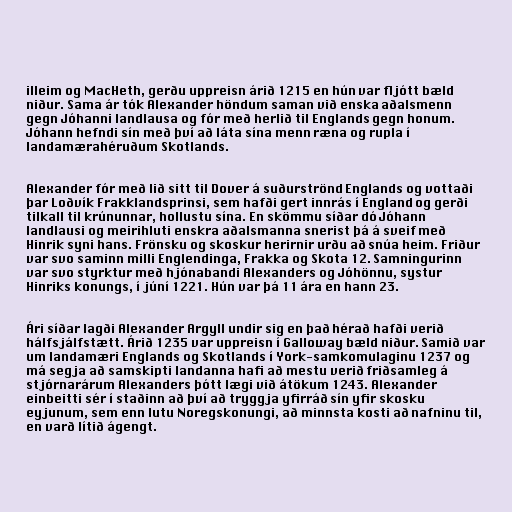
illeim og MacHeth, gerðu uppreisn árið 1215 en hún var fljótt bæld
niður. Sama ár tók Alexander höndum saman við enska aðalsmenn
gegn Jóhanni landlausa og fór með herlið til Englands gegn honum.
Jóhann hefndi sín með því að láta sína menn ræna og rupla í
landamærahéruðum Skotlands.

Alexander fór með lið sitt til Dover á suðurströnd Englands og vottaði
þar Loðvík Frakklandsprinsi, sem hafði gert innrás í England og gerði
tilkall til krúnunnar, hollustu sína. En skömmu síðar dó Jóhann
landlausi og meirihluti enskra aðalsmanna snerist þá á sveif með
Hinrik syni hans. Frönsku og skoskur herirnir urðu að snúa heim. Friður
var svo saminn milli Englendinga, Frakka og Skota 12. Samningurinn
var svo styrktur með hjónabandi Alexanders og Jóhönnu, systur
Hinriks konungs, í júní 1221. Hún var þá 11 ára en hann 23.

Ári síðar lagði Alexander Argyll undir sig en það hérað hafði verið
hálfsjálfstætt. Árið 1235 var uppreisn í Galloway bæld niður. Samið var
um landamæri Englands og Skotlands í York-samkomulaginu 1237 og
má segja að samskipti landanna hafi að mestu verið friðsamleg á
stjórnarárum Alexanders þótt lægi við átökum 1243. Alexander
einbeitti sér í staðinn að því að tryggja yfirráð sín yfir skosku
eyjunum, sem enn lutu Noregskonungi, að minnsta kosti að nafninu til,
en varð lítið ágengt.